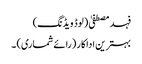
فہد مصطفیٰ (لوڈ ویڈنگ)
بہترین اداکار (رائے شماری) ۔